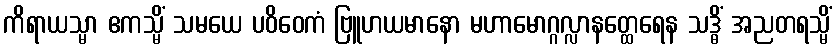
ကိရာယသ္မာ ဧကသ္မိံ သမယေ ပဝိဝေကံ ဗြူဟယမာနော မဟာမောဂ္ဂလ္လာနတ္ထေရေန သဒ္ဓိံ အညတရသ္မိံ